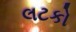
લટકો